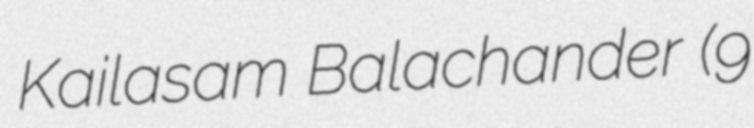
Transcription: Kailasam Balachander (9